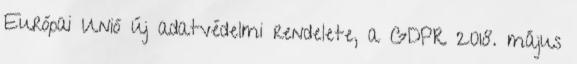
Európai Unió új adatvédelmi rendelete, a GDPR 2018. május